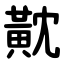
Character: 黆